Insane asylums in Bengal annual reports 1876-1887 - 1876-1887
Year: 1876
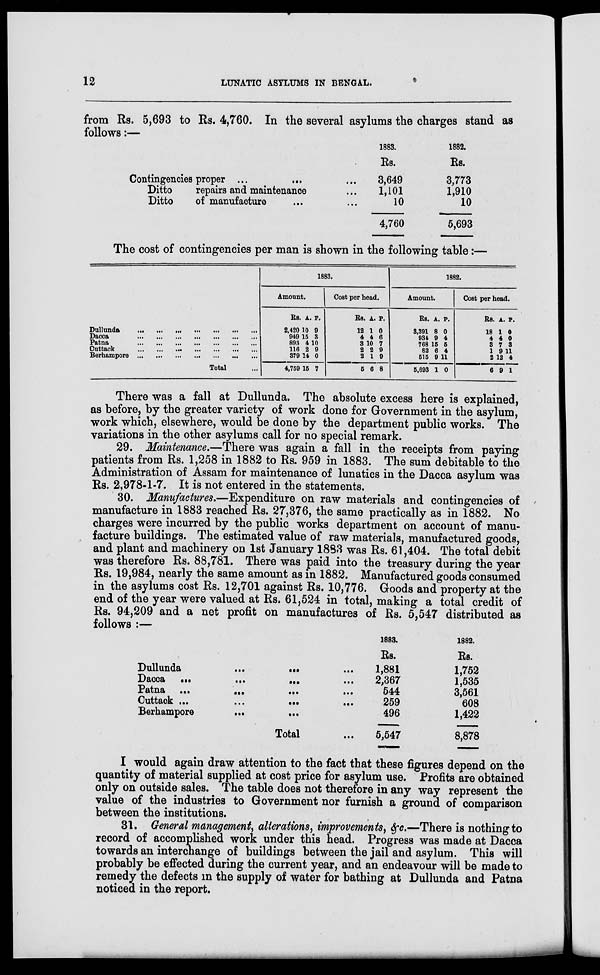
12
LUNATIC ASYLUMS IN BENGAL.
from Rs. 5,693 to Rs. 4,760. In the several asylums the charges stand as
follows:—
Contingencies proper ... ... ...
Ditto
repairs and maintenance ...
Ditto
of manufacture ... ...
1883.
Rs.
3,649
1,101
10
4,760
1882.
Rs.
3,773
1,910
10
5,693
The cost of contingencies per man is shown in the following table:—
Dullunda
...
...
...
...
...
...
...
Dacca
...
...
...
...
...
...
...
Patna
...
...
...
...
...
...
...
Cuttack
...
...
...
...
...
...
...
Berhampore
...
...
...
...
...
...
...
Total ...
1883.
Amount.
Rs.
2,420
949
893
116
379
4,759
A
10
15
4
2
14
15
P.
9
3
10
9
0
7
Cost per head.
Rs.
12
4
3
2
2
5
A.
1
4
10
2
1
6
P.
0
6
7
9
9
8
1882.
Amount.
Rs.
3,391
934
768
82
515
5,693
A.
8
9
15
6
9
1
P.
0
4
5
4
11
0
Cost per head.
Rs.
18
4
3
1
2
6
A.
1
4
7
9
12
9
P.
0
0
3
11
4
1
There was a fall at Dullunda. The absolute excess here is explained,
as before, by the greater variety of work done for Government in the asylum,
work which, elsewhere, would be done by the department public works. The
variations in the other asylums call for no special remark.
29. Maintenance.—There was again a fall in the receipts from paying
patients from Rs. 1,258 in 1882 to Rs. 959 in 1883. The sum debitable to the
Administration of Assam for maintenance of lunatics in the Dacca asylum was
Rs. 2,978-1-7. It is not entered in the statements.
30. Manufactures.—Expenditure on raw materials and contingencies of
manufacture in 1883 reached Rs. 27,376, the same practically as in 1882. No
charges were incurred by the public works department on account of manu-
facture buildings. The estimated value of raw materials, manufactured goods,
and plant and machinery on 1st January 1883 was Rs. 61,404. The total debit
was therefore Rs. 88,781. There was paid into the treasury during the year
Rs. 19,984, nearly the same amount as in 1882. Manufactured goods consumed
in the asylums cost Rs. 12,701 against Rs. 10,776. Goods and property at the
end of the year were valued at Rs. 61,524 in total, making a total credit of
Rs. 94,209 and a net profit on manufactures of Rs. 5,547 distributed as
follows :—
Dullunda
...
... ...
Dacca
...
...
...
...
Patna
...
...
...
...
Cuttack
...
...
...
...
Berhampore
...
...
Total ...
1883.
Rs.
1,881
2,367
544
259
496
5,547
1882.
Rs.
1,752
1,535
3,561
608
1,422
8,878
I would again draw attention to the fact that these figures depend on the
quantity of material supplied at cost price for asylum use. Profits are obtained
only on outside sales. The table does not therefore in any way represent the
value of the industries to Government nor furnish a ground of comparison
between the institutions.
31. General management, alterations, improvements, &c.—There is nothing to
record of accomplished work under this head. Progress was made at Dacca
towards an interchange of buildings between the jail and asylum. This will
probably be effected during the current year, and an endeavour will be made to
remedy the defects in the supply of water for bathing at Dullunda and Patna
noticed in the report.